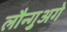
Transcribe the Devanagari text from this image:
लौन्गुअगे